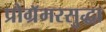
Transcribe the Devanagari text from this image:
प्रोग्रॅमरसुद्धा